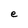
Character: e